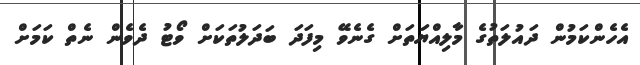
އެެެހެންކަމުން ދައުލަތުގެ މާލިއްޔަތަށް ގެނެވޭ މިފަދަ ބަދަލުތަކަށް ވޯޓު ދެވެން ނެތް ކަމަށް